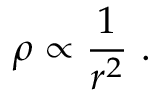
\rho \propto { \frac { 1 } { r ^ { 2 } } } ~ .